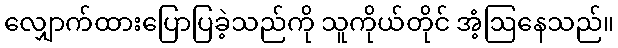
လျှောက်ထားပြောပြခဲ့သည်ကို သူကိုယ်တိုင် အံ့ဩနေသည်။